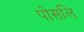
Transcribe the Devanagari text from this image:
पोसलि